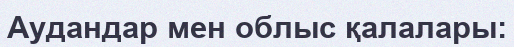
Аудандар мен облыс қалалары: